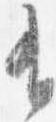
有